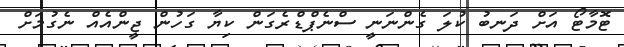
ޓޮމާޓޯ އަށް ދަނބު ކުލަ ގެންނަނީ ސްނެޕްޑްރެގަން ކިޔާ ގަހުން ޖީންއެއް ނެގުމަށް